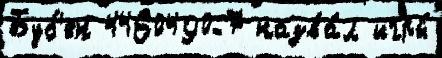
Буб'ен 4460490-7 назва́л игры́